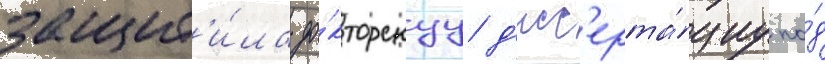
защит'и́ла до́кторскуу д'исс'ерта́циу по́д